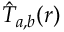
\hat { T } _ { { a , b } } ( \boldsymbol { r } )